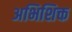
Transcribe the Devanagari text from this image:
अभिशिक्त